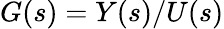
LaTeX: G(s)=Y(s)/U(s)